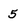
Character: 5